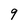
Character: 9